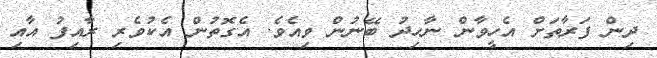
ދިން ފަރާތަށް އެހީވާން ނާހިދު ބޭނުން ވިއެވެ. އެގޮތުން އެކުވެރި ރާއިފު އާއި